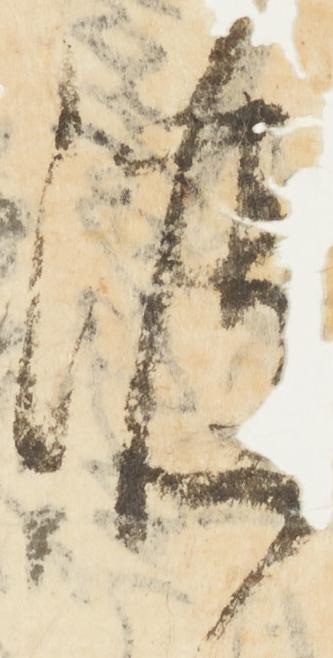
渡